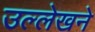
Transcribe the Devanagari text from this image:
उल्लेखने